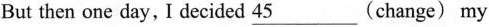
But then one day, I decided 45___(change) my